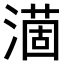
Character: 𣾟